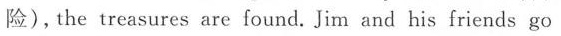
险),the treasures are found.Jim and his friends go